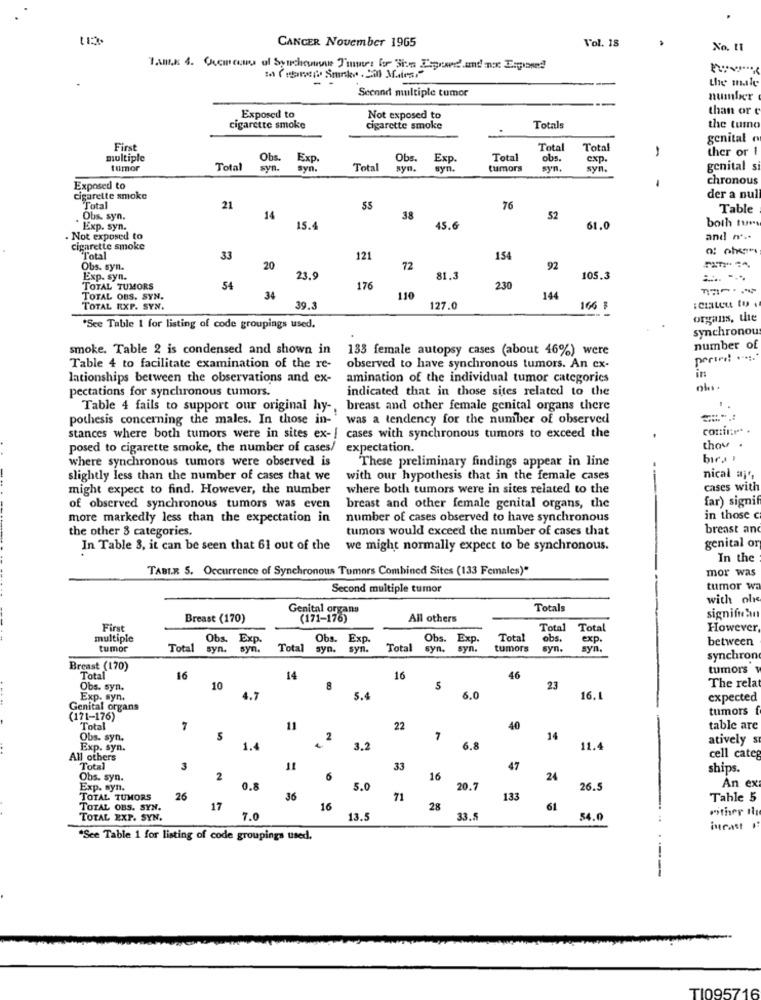
CANCER November 1965
Vol. 18
No, 11
the male
Second multiple tumor
number
than or
Exposed to
Not exposed to
cigarette smoke
cigarette smoke
Totals
the tumo
genital
First
Total
Total
ther or I
multiple
Obs.
Exp
Obs.
Exp.
Total
obs.
exp.
tumor
Total
syn.
syn.
Total
syn.
syn.
tumors
syn.
syn.
genital si
.
chronous
Exposed to
cigarette smoke
der a nul
Total
21
76
Table
Obs. syn.
14
38
52
both tur
Exp. syn.
15.4
45.6
61.0
. Not exposed to
and r ...
cigarette smoke
Total
33
121
154
Obs. syn.
20
72
92
Exp. syn.
23.9
81.3
105.3
TOTAL TUMORS
54
176
230
TOTAL OBS. SYN.
34
110
144
TOTAL EXP. SYN.
39.3
127.0
166 B
organs, the
*Sce Table 1 for listing of code groupings used.
synchronou
smoke. Table 2 is condensed and shown in
133 female autopsy cases (about 46%) were
number of
Table 4 to facilitate examination of the re-
observed to have synchronous tumors. An ex-
in
lationships between the observations and ex-
amination of the individual tumor categorics
pectations for synchronous tumors.
indicated that in those sites related to the
Table 4 fails to support our original hy -.
breast and other female genital organs there
pothesis concerning the males. In those in-
was a tendency for the number of observed
conil:"
stances where both tumors were in sites ex- !
cases with synchronous tumors to exceed the
posed to cigarette smoke, the number of cases/
expectation.
where synchronous tumors were observed is
These preliminary findings appear in line
bica
slightly less than the number of cases that we
with our hypothesis that in the female cases
nical aj,
might expect to find. However, the number
where both tumors were in sites related to the
cases with
far) signif
of observed synchronous tumors was even
breast and other female genital organs, the
more markedly less than the expectation in
number of cases observed to have synchronous
in those
the other 3 categories.
tumors would exceed the number of cases that
breast and
genital or
In Table 3, it can be seen that 61 out of the we might normally expect to be synchronous.
In the
TABIR 5. Occurrence of Synchronous Tumors Combined Sites (133 Females)"
mor was
Second multiple tumor
tumor wa
with olr
Genital organs
Totals
Breast (170)
(171-176)
All others
significan
First
Total
Total
However,
multiple
Obs. Exp.
Obs.
Obs. Exp.
Obs. Exp.
Obs
Total
obs.
exp.
between
tumor
Total
syn.
syn.
Total
syn.
syn.
Total
syn.
syn.
tumors
syn.
syn.
synchron
Breast (170)
tumors w
Total
16
14
16
46
The relat
Obs. syn.
10
8
5
23
Exp. syn.
4.7
5.4
6.0
16.1
expected
Genital organs
tumors f
(171-176)
Total
7
11
22
40
table are
Obs. syn.
5
2
7
14
atively sr
Exp. syn.
1.4
3.2
6.8
11.4
All others
cell categ
Total
3
11
33
47
ships.
Obs. syn.
2
6
16
24
An ex
Exp. syn.
0.8
5.0
20.7
26.5
TOTAL TUMORS
26
36
71
133
Tahle 5
TOTAL OBS. SYN.
17
16
28
61
mither ti
TOTAL EXP. SYN.
7.0
13.5
54.0
incast
"See Table 1 for listing of code groupings used.
TI095716